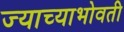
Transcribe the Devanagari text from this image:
ज्याच्याभोवती